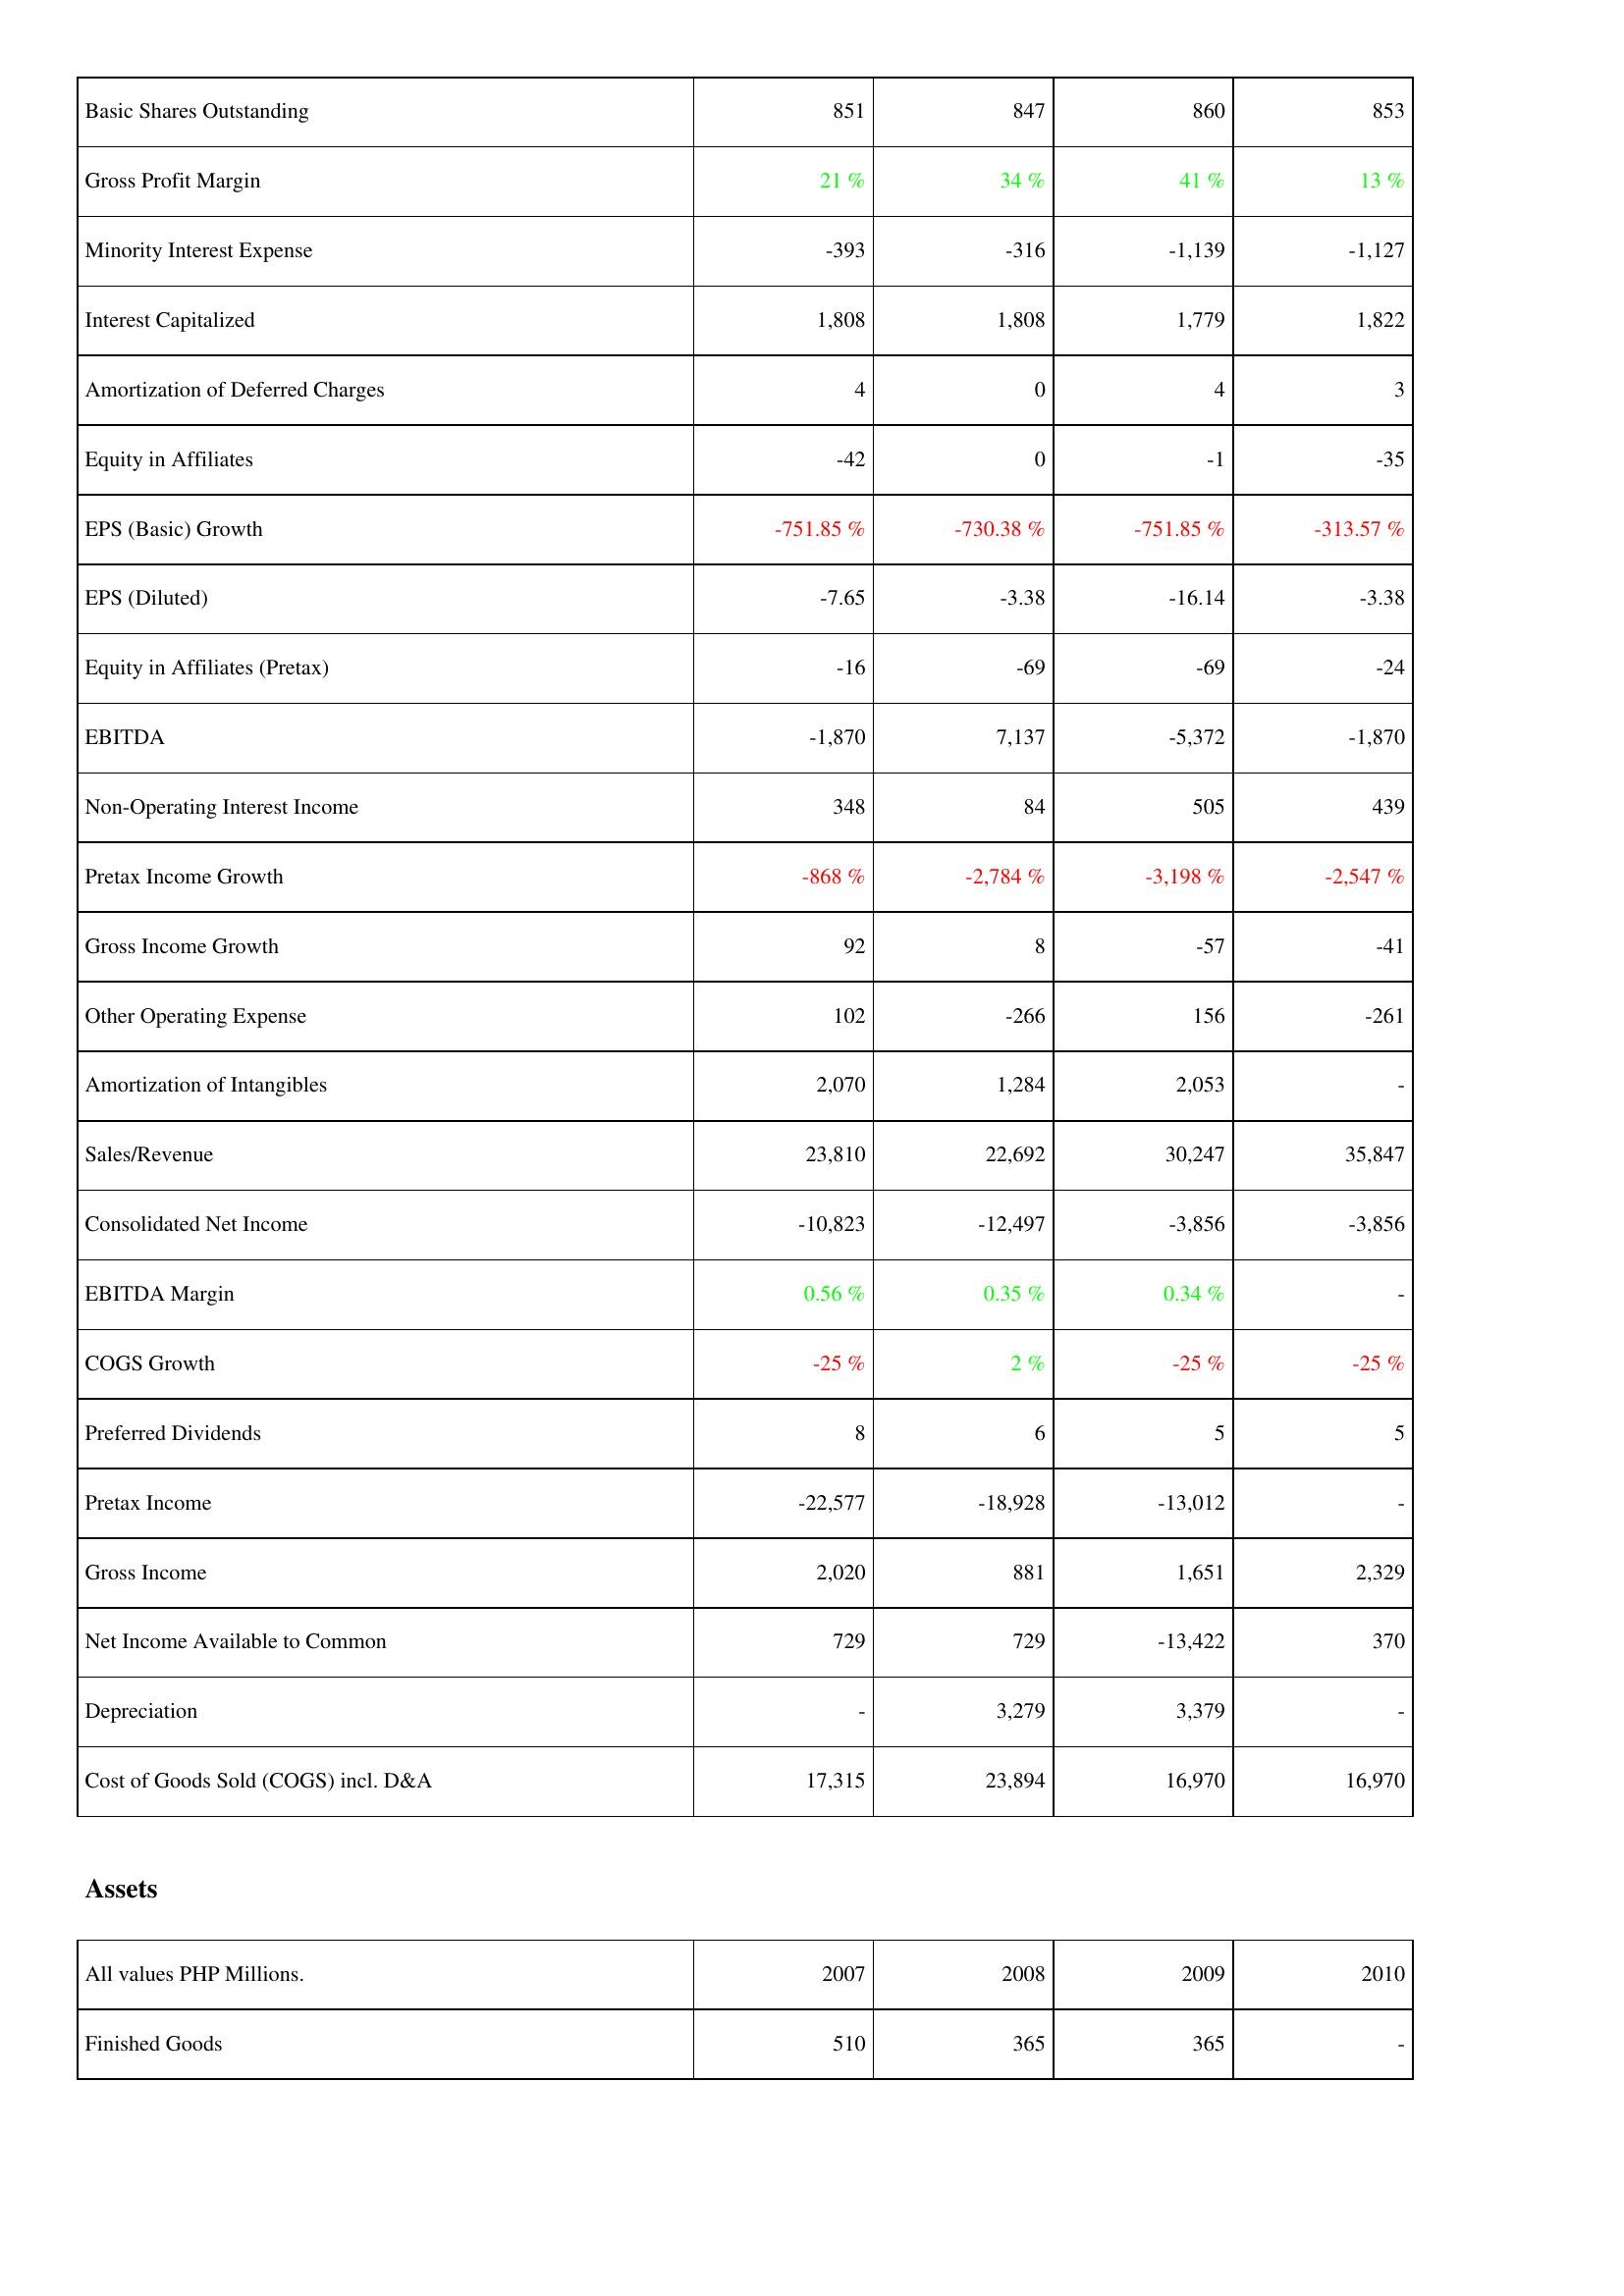
2007: Income Statement: Basic Shares Outstanding: 851
Gross Profit Margin: 21 %
Minority Interest Expense: -393
Interest Capitalized: 1,808
Amortization of Deferred Charges: 4
Equity in Affiliates: -42
EPS (Basic) Growth: -751.85 %
EPS (Diluted): -7.65
Equity in Affiliates (Pretax): -16
EBITDA: -1,870
Non-Operating Interest Income: 348
Pretax Income Growth: -868 %
Gross Income Growth: 92
Other Operating Expense: 102
Amortization of Intangibles: 2,070
Sales/Revenue: 23,810
Consolidated Net Income: -10,823
EBITDA Margin: 0.56 %
COGS Growth: -25 %
Preferred Dividends: 8
Pretax Income: -22,577
Gross Income: 2,020
Net Income Available to Common: 729
Depreciation: -
Cost of Goods Sold (COGS) incl. D&A: 17,315
Assets: Finished Goods: 510
2008: Income Statement: Basic Shares Outstanding: 847
Gross Profit Margin: 34 %
Minority Interest Expense: -316
Interest Capitalized: 1,808
Amortization of Deferred Charges: 0
Equity in Affiliates: 0
EPS (Basic) Growth: -730.38 %
EPS (Diluted): -3.38
Equity in Affiliates (Pretax): -69
EBITDA: 7,137
Non-Operating Interest Income: 84
Pretax Income Growth: -2,784 %
Gross Income Growth: 8
Other Operating Expense: -266
Amortization of Intangibles: 1,284
Sales/Revenue: 22,692
Consolidated Net Income: -12,497
EBITDA Margin: 0.35 %
COGS Growth: 2 %
Preferred Dividends: 6
Pretax Income: -18,928
Gross Income: 881
Net Income Available to Common: 729
Depreciation: 3,279
Cost of Goods Sold (COGS) incl. D&A: 23,894
Assets: Finished Goods: 365
2009: Income Statement: Basic Shares Outstanding: 860
Gross Profit Margin: 41 %
Minority Interest Expense: -1,139
Interest Capitalized: 1,779
Amortization of Deferred Charges: 4
Equity in Affiliates: -1
EPS (Basic) Growth: -751.85 %
EPS (Diluted): -16.14
Equity in Affiliates (Pretax): -69
EBITDA: -5,372
Non-Operating Interest Income: 505
Pretax Income Growth: -3,198 %
Gross Income Growth: -57
Other Operating Expense: 156
Amortization of Intangibles: 2,053
Sales/Revenue: 30,247
Consolidated Net Income: -3,856
EBITDA Margin: 0.34 %
COGS Growth: -25 %
Preferred Dividends: 5
Pretax Income: -13,012
Gross Income: 1,651
Net Income Available to Common: -13,422
Depreciation: 3,379
Cost of Goods Sold (COGS) incl. D&A: 16,970
Assets: Finished Goods: 365
2010: Income Statement: Basic Shares Outstanding: 853
Gross Profit Margin: 13 %
Minority Interest Expense: -1,127
Interest Capitalized: 1,822
Amortization of Deferred Charges: 3
Equity in Affiliates: -35
EPS (Basic) Growth: -313.57 %
EPS (Diluted): -3.38
Equity in Affiliates (Pretax): -24
EBITDA: -1,870
Non-Operating Interest Income: 439
Pretax Income Growth: -2,547 %
Gross Income Growth: -41
Other Operating Expense: -261
Amortization of Intangibles: -
Sales/Revenue: 35,847
Consolidated Net Income: -3,856
EBITDA Margin: -
COGS Growth: -25 %
Preferred Dividends: 5
Pretax Income: -
Gross Income: 2,329
Net Income Available to Common: 370
Depreciation: -
Cost of Goods Sold (COGS) incl. D&A: 16,970
Assets: Finished Goods: -